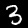
Digit: 3